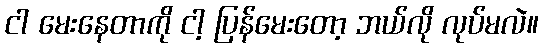
ငါ မေးနေတာကို ငါ့ ပြန်မေးတော့ ဘယ်လို လုပ်မလဲ။